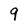
Character: 9